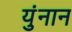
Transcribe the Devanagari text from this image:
युंनान